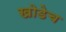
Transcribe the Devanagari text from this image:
खोडेच